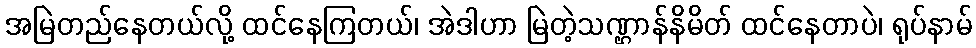
အမြဲတည်နေတယ်လို့ ထင်နေကြတယ်၊ အဲဒါဟာ မြဲတဲ့သဏ္ဌာန်နိမိတ် ထင်နေတာပဲ၊ ရုပ်နာမ်